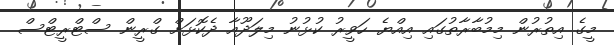
މީގެ އިތުރުން މިމުބާރާތުގައި އިއްޔެ ހަވީރު ކުޅުނު މިލަދޫއާ ދެކޮޅަށް ގްރީން ސްޓްރީޓްސް